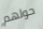
حولهم